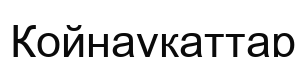
Қойнауқаттар